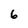
Character: 6